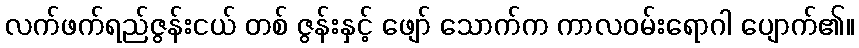
လက်ဖက်ရည်ဇွန်းငယ် တစ် ဇွန်းနှင့် ဖျော် သောက်က ကာလဝမ်းရောဂါ ပျောက်၏။